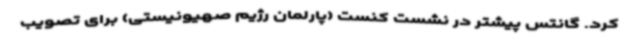
کرد. گانتس پیشتر در نشست کنست (پارلمان رژیم صهیونیستی) برای تصویب